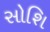
સોશિ